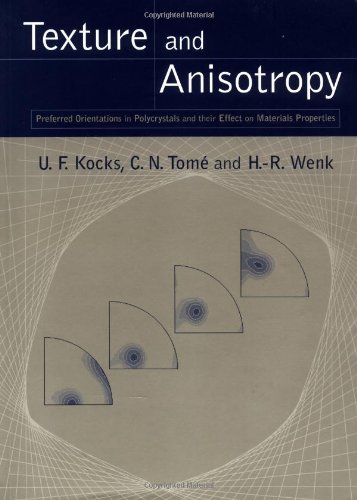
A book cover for Texture and Anisotropy: Preferred Orientations in Polycrystals and their Effect on Materials Properties; U. F. Kocks; Science & Math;